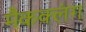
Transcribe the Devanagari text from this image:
मैकक्लंग